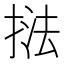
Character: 𭡚